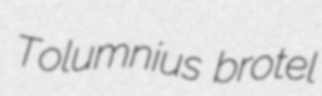
Tolumnius brotel